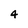
Character: 4